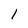
Character: 1